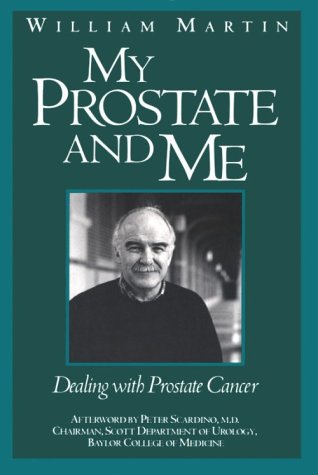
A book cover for My Prostate and Me: Dealing with Prostate Cancer; William Martin; Health, Fitness & Dieting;